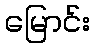
မြောင်း